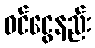
ဝင်ငွေနည်း